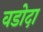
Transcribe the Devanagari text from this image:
वडोदा